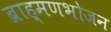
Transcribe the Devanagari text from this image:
ब्राह्मणभोजन